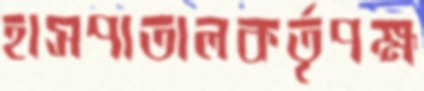
হাসপাতালকর্তৃপক্ষ